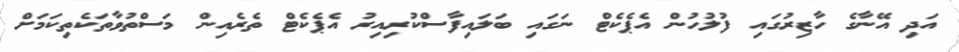
އަދި އޭނާގެ ހާޒިރުގައި ފުލުހުން އެޕެކެޓް ނަގައި ބަލައިފާސްކުރިއިރު އެޕެކެޓް ތެރެއިން މަސްތުވާތަކެތިކަމަށް